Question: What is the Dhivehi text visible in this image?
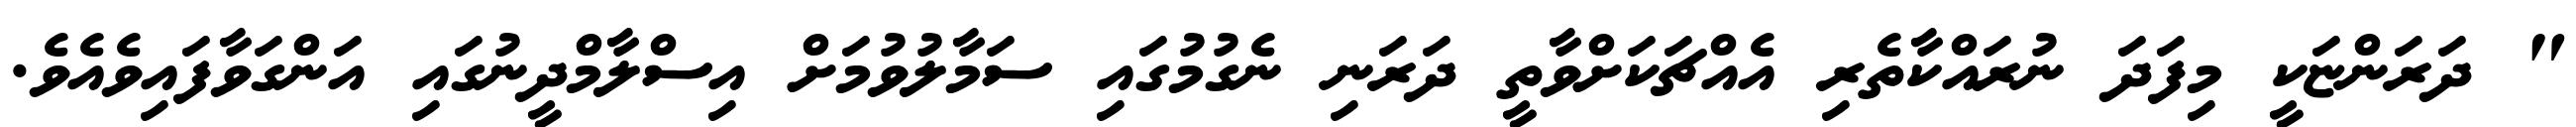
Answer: " ދަރަންޏަކީ މިފަދަ ނުރައްކާތެރި އެއްޗަކަށްވާތީ ދަރަނި ނެގުމުގައި ސަމާލުވުމަށް އިސްލާމްދީނުގައި އަންގަވާފައިވެއެވެ.